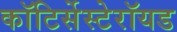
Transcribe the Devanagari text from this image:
कॉटिर्सेस्टेरॉयड